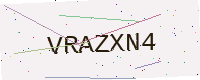
Text: VRAZXN4